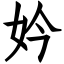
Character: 妗